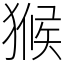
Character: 𤠣